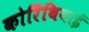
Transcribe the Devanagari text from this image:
कोरिंथियाई